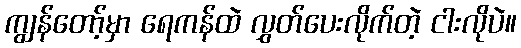
ကျွန်တော့်မှာ ရေကန်ထဲ လွှတ်ပေးလိုက်တဲ့ ငါးလိုပဲ။